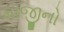
માજીનો